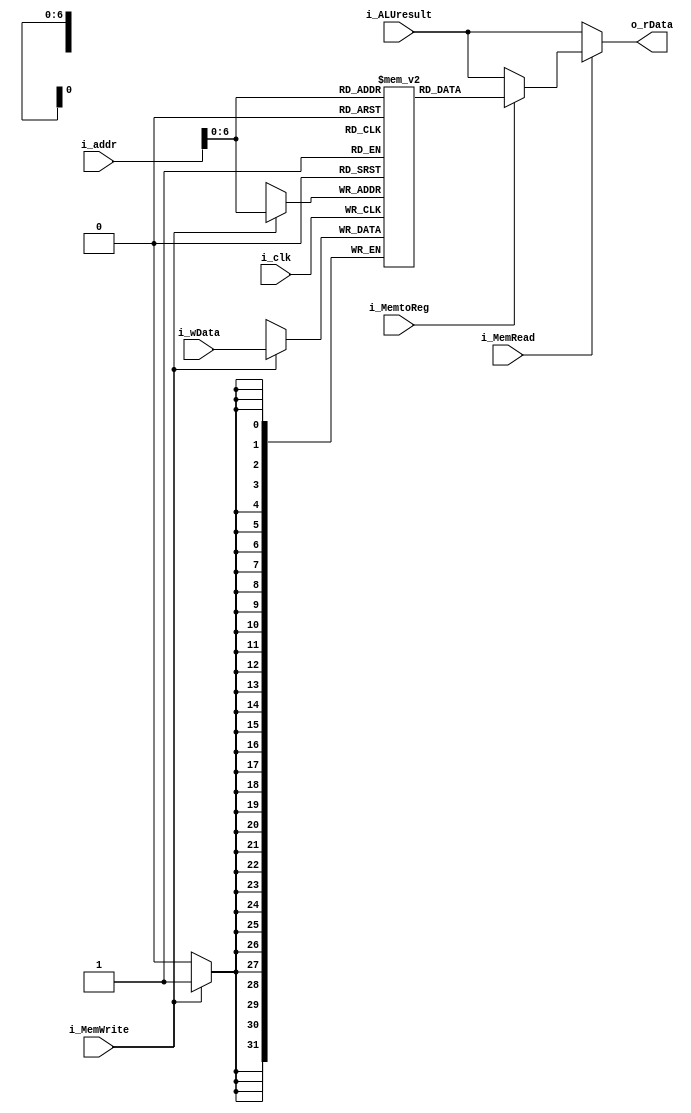
`timescale 1ns / 1ps
module DataMemory (
    input i_clk,
    input [31:0] i_addr,
    input [31:0] i_wData,
    input [31:0] i_ALUresult,
    input i_MemWrite,
    input i_MemRead,
    input i_MemtoReg,
    output reg [31:0] o_rData
);
  parameter SIZE_DM = 128;  // size of this memory, by default 128*32
  reg [31:0] Dmem[SIZE_DM-1:0];  // instruction memory
  integer i;
  initial begin
    for (i = 0; i < SIZE_DM; i = i + 1) begin
      Dmem[i] = 32'b0;
    end
  end
  always @(i_addr or i_MemRead or i_MemtoReg or i_ALUresult) begin
    if (i_MemRead == 1) begin
      if (i_MemtoReg == 1) begin
        o_rData = Dmem[i_addr];
      end else begin
        o_rData = i_ALUresult;
      end
    end else begin
      o_rData = i_ALUresult;
    end
  end
  always @(posedge i_clk) begin  // MemWrite, wData, addr
    if (i_MemWrite == 1) begin
      Dmem[i_addr] = i_wData;
    end
  end
endmodule